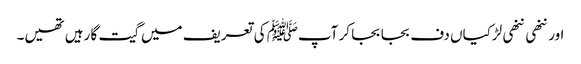
اور ننھی ننھی لڑکیاں دف بجا بجا کر آپﷺ کی تعریف میں گیت گا رہیں تھیں۔